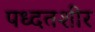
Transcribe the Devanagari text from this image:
पध्दतशीर